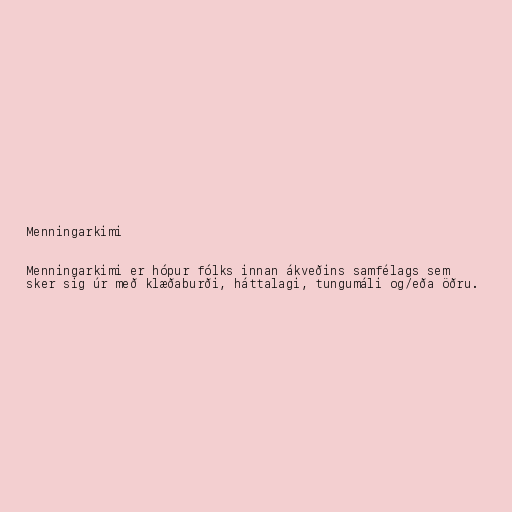
Menningarkimi

Menningarkimi er hópur fólks innan ákveðins samfélags sem
sker sig úr með klæðaburði, háttalagi, tungumáli og/eða öðru.